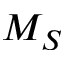
M _ { S }